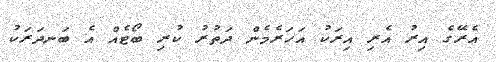
އެރޭގެ އިރު އެރި އިރަކު އަހަރެމެން ދަތުރު ކުރި ބޯޓެއް އެ ބަނދަރަކު